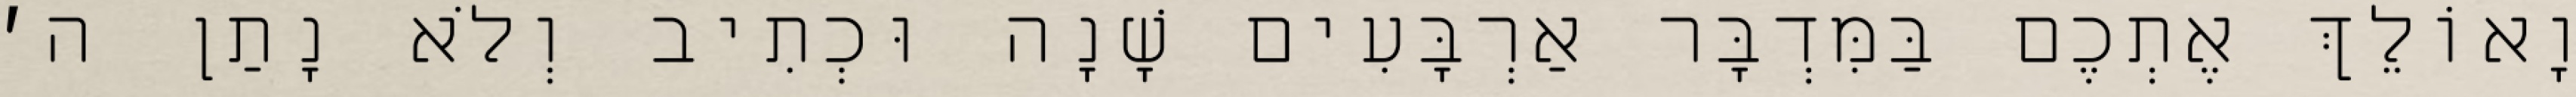
וָאוֹלֵךְ אֶתְכֶם בַּמִּדְבָּר אַרְבָּעִים שָׁנָה וּכְתִיב וְלֹא נָתַן ה׳